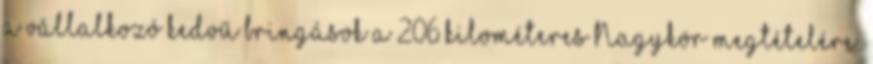
a vállalkozó kedvű bringások a 206 kilométeres Nagykör megtételére.